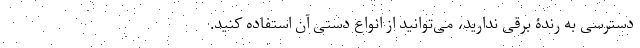
دسترسی به رندۀ برقی ندارید، می‌توانید از انواع دستی آن استفاده کنید.